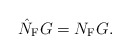
\begin{align*} \hat{N}_{\rm F}G=N_{\rm F}G.\end{align*}